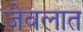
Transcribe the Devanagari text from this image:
जेवलात